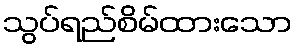
သွပ်ရည်စိမ်ထားသော